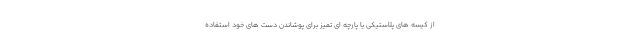
از کیسه های پلاستیکی یا پارچه ای تمیز برای پوشاندن دست های خود استفاده